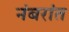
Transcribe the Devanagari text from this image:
नंबरांत